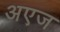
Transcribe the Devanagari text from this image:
अएज